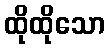
ထိုထိုသော